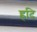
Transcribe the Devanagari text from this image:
ह्रदि